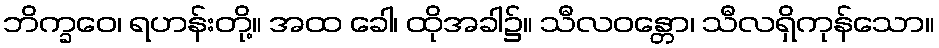
ဘိက္ခဝေ၊ ရဟန်းတို့။ အထ ခေါ၊ ထိုအခါ၌။ သီလဝန္တော၊ သီလရှိကုန်သော။